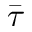
\bar { \tau }